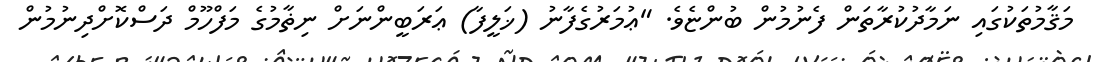
މަޤާމުތަކުގައި ނަމާދުކުރާތަން ފެނުމުން ބުންޏެވެ. "ޢުމަރުގެފާނު (ޚަލީފާ) ޢަރަބީންނަށް ނިޡާމުގެ މަފްހޫމް ދަސްކޮށްދިނުމުން